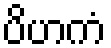
ပိဟကံ